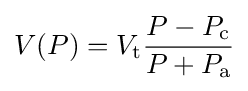
V(P)=V_{\text{t}}{\frac {P-P_{\text{c}}}{P+P_{\text{a}}}}